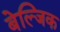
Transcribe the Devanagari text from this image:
बेल्जिक